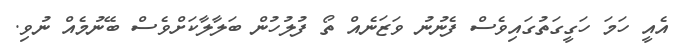
އެއީ ހަމަ ހަގީގަތުގައިވެސް ފެނުނު ވަޒަނެއް ތޯ ފުލުހުން ބަލާލާކަށްވެސް ބޭނުމެއް ނުވި.